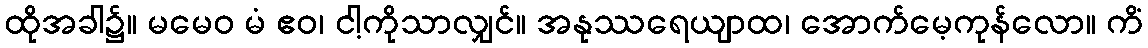
ထိုအခါ၌။ မမေဝ မံ ဧဝ၊ ငါ့ကိုသာလျှင်။ အနုဿရေယျာထ၊ အောက်မေ့ကုန်လော။ ကိံ